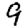
Digit: 9